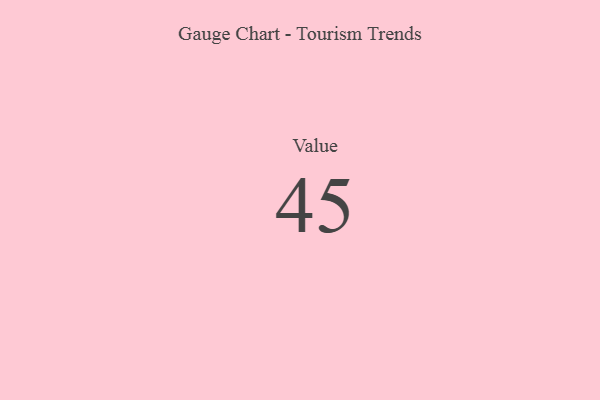
{"axis": {"x": "Metric", "y": "Value"}, "legend": [""], "data": [{"x": "Value", "y": 45, "type": ""}]}